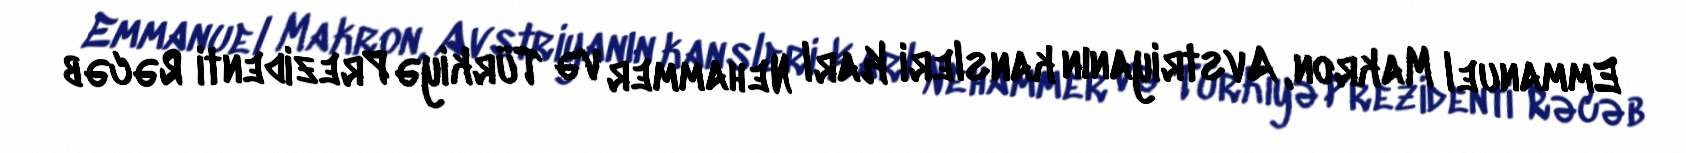
Emmanuel Makron, Avstriyanın kansleri Karl Nehammer və Türkiyə Prezidenti Rəcəb